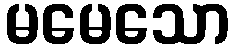
မမေသော